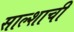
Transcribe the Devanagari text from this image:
साल्शाची